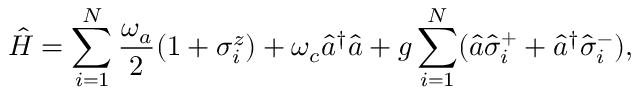
\hat { H } = \sum _ { i = 1 } ^ { N } \frac { \omega _ { a } } { 2 } ( 1 + \sigma _ { i } ^ { z } ) + \omega _ { c } \hat { a } ^ { \dagger } \hat { a } + g \sum _ { i = 1 } ^ { N } ( \hat { a } \hat { \sigma } _ { i } ^ { + } + \hat { a } ^ { \dagger } \hat { \sigma } _ { i } ^ { - } ) ,